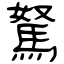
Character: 駑